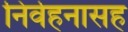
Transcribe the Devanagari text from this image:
निर्वहनासह